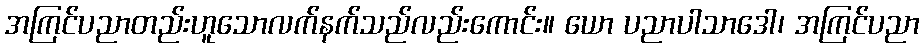
အကြင်ပညာတည်းဟူသောလက်နက်သည်လည်းကောင်း။ ယော ပညာပါသာဒေါ၊ အကြင်ပညာ